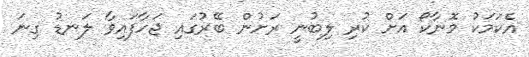
އެކަމަކު މޮނާކޯ އަށް ކުރި ލިބުނީ ރަށުން ބޭރުގައި ޖަހާފައިވާ ލަނޑު ގިނަ